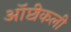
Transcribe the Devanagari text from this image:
ऑप्टीकली